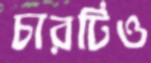
চারটিও